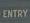
entry